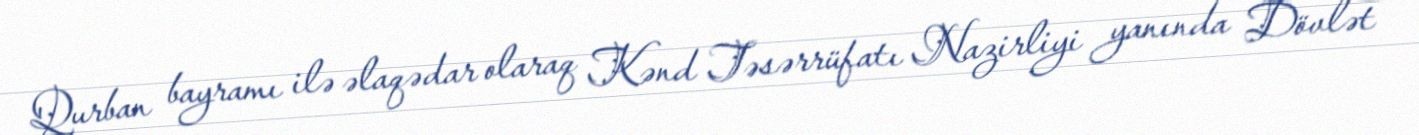
Qurban bayramı ilə əlaqədar olaraq Kənd Təsərrüfatı Nazirliyi yanında Dövlət